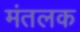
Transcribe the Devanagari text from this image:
मंतलक